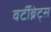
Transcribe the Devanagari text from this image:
वर्टीब्रेट्स